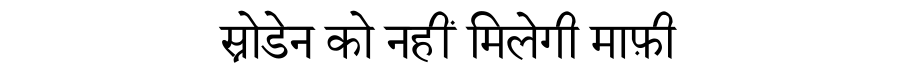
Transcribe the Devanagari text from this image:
स्नोडेन को नहीं मिलेगी माफ़ी